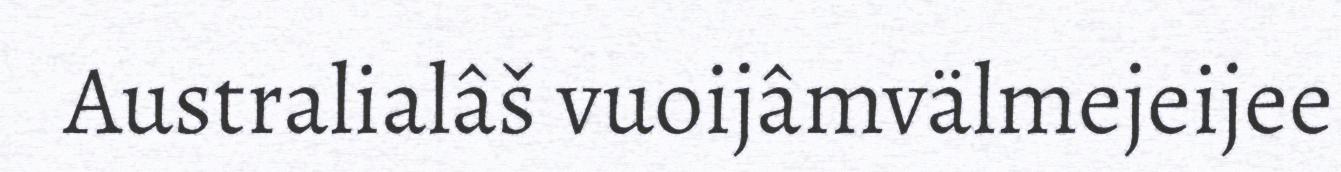
Australialâš vuoijâmvälmejeijee